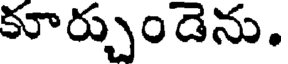
కూర్చుండెను.